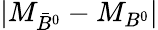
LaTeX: |M_{\bar{B}^{0}}-M_{B^{0}}|